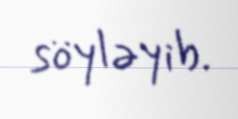
söyləyib.